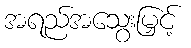
အရည်အသွေးမြှင့်